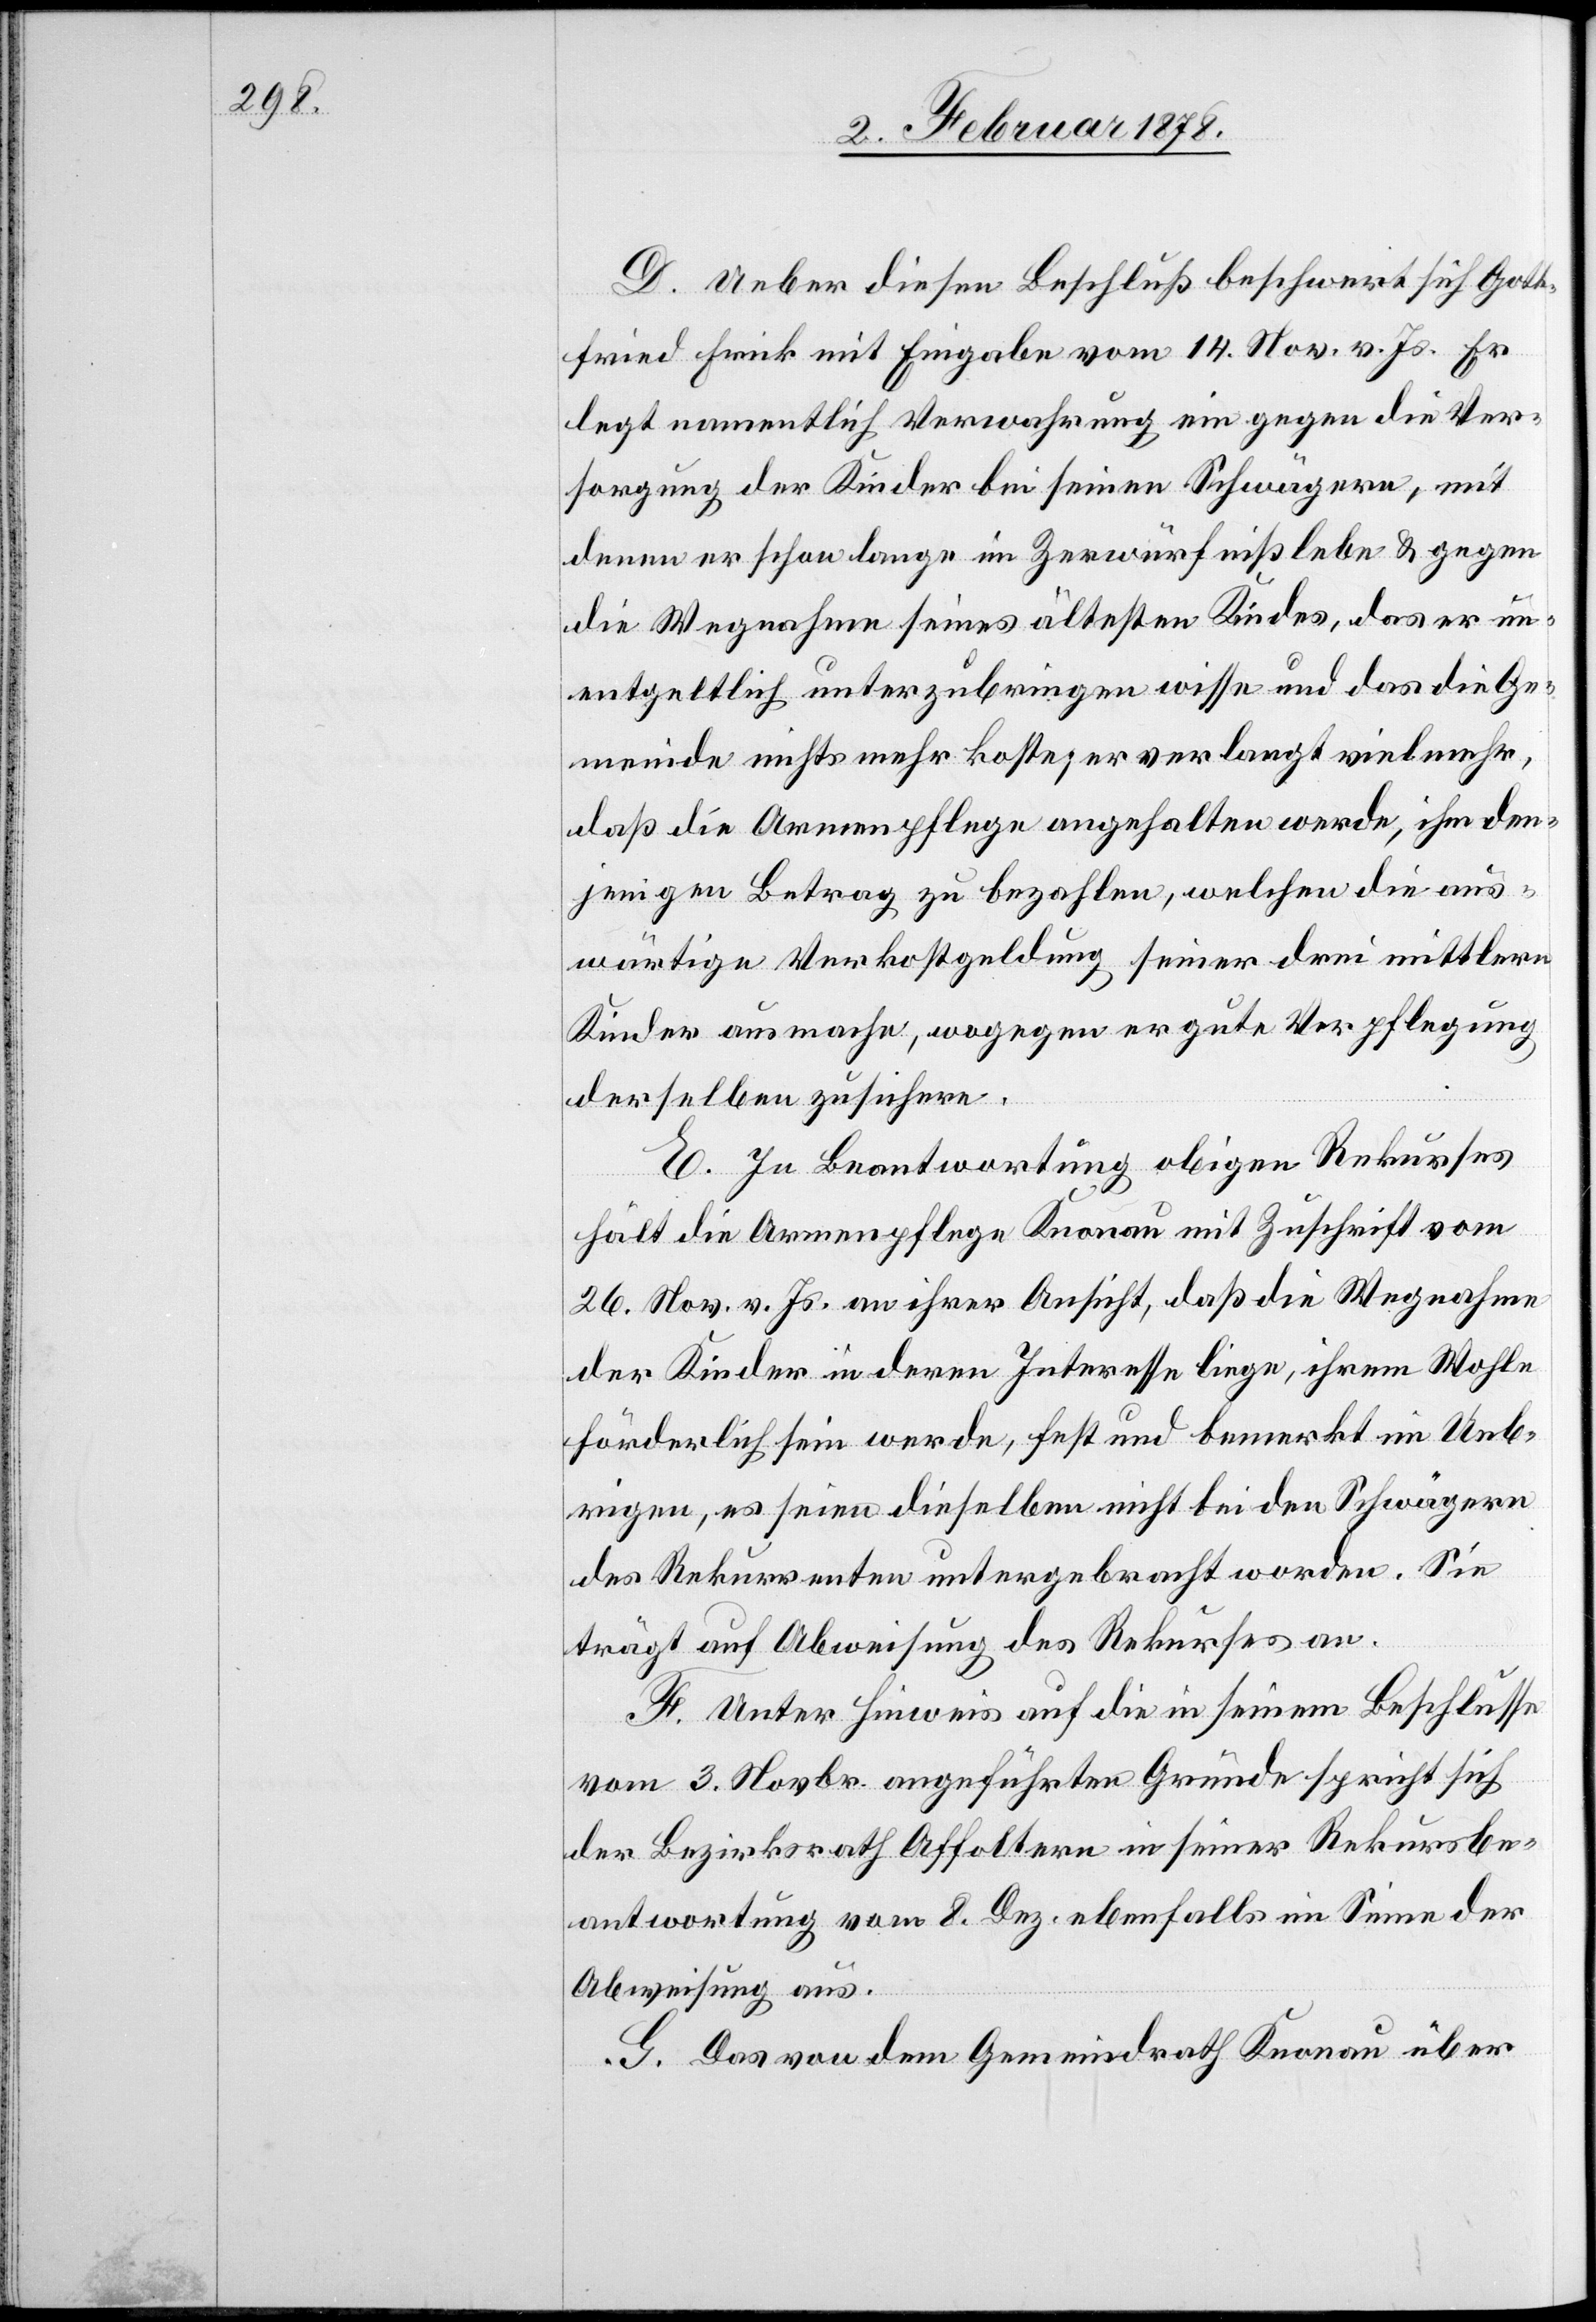
D. Ueber diesen Beschluß beschwert sich Gott¬
fried Frick mit Eingabe vom 14. Nov. v. Js. Er
legt namentlich Verwahrung ein gegen die Ver¬
sorgung der Kinder bei seinen Schwägern, mit
denen er schon lange im Zerwürfniß lebe & gegen
die Wegnahme seines ältesten Kindes, das er un¬
entgeltlich unterzubringen wisse und das die Ge¬
meinde nichts mehr koste, er verlangt vielmehr,
daß die Armenpflege angehalten werde, ihm den¬
jenigen Betrag zu bezahlen, welchen die aus¬
wärtige Verkostgeldung seiner drei mittlern
Kinder ausmache, wogegen er gute Verpflegung
derselben zusichere.
E. In Beantwortung obigen Rekurses
hält die Armenpflege Knonau mit Zuschrift vom
26. Nov. v. Js. an ihrer Ansicht, das die Wegnahme
der Kinder in deren Interesse liege, ihrem Wohle
förderlich sein werde, fest und bemerkt im Ueb¬
rigen, es seien dieselben nicht bei den Schwägern
des Rekurrenten untergebracht worden. Sie
trägt auf Abweisung des Rekurses an.
F. Unter Hinweis auf die in seinem Beschlusse
vom 3. Novbr. angeführte Gründe spricht sich
der Bezirksrath Affoltern in seiner Rekursbe¬
antwortung vom 8. Dez. ebenfalls im Sinne der
Abweisung aus.
G. Das von dem Gemeindrath Knonau über